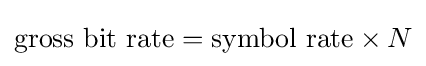
{\text{gross bit rate}}={\text{symbol rate}}\times N